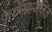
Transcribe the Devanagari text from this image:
कृतेसामाजिक